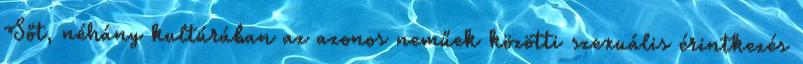
Sőt, néhány kultúrában az azonos neműek közötti szexuális érintkezés